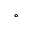
^ \circ